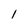
Character: l